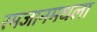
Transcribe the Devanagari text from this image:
रमजानमधला